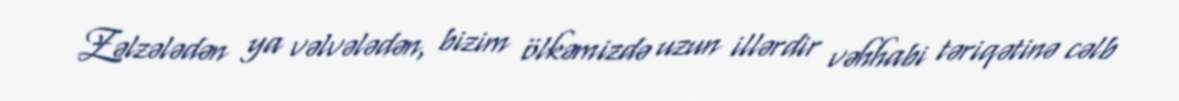
Zəlzələdən ya vəlvələdən, bizim ölkəmizdə uzun illərdir vəhhabi təriqətinə cəlb